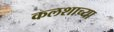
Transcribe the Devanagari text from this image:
कलशाच्या